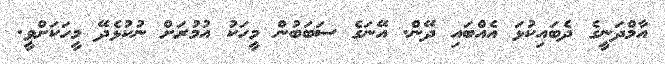
އާމްދަނީގެ ދެބައިކުޅަ އެއްބައި ދޭން. އޭނަގެ ސަބަބުން މީހަކު އުމުރަށް ނުކުޅެދޭ މީހަކަށްވީ.